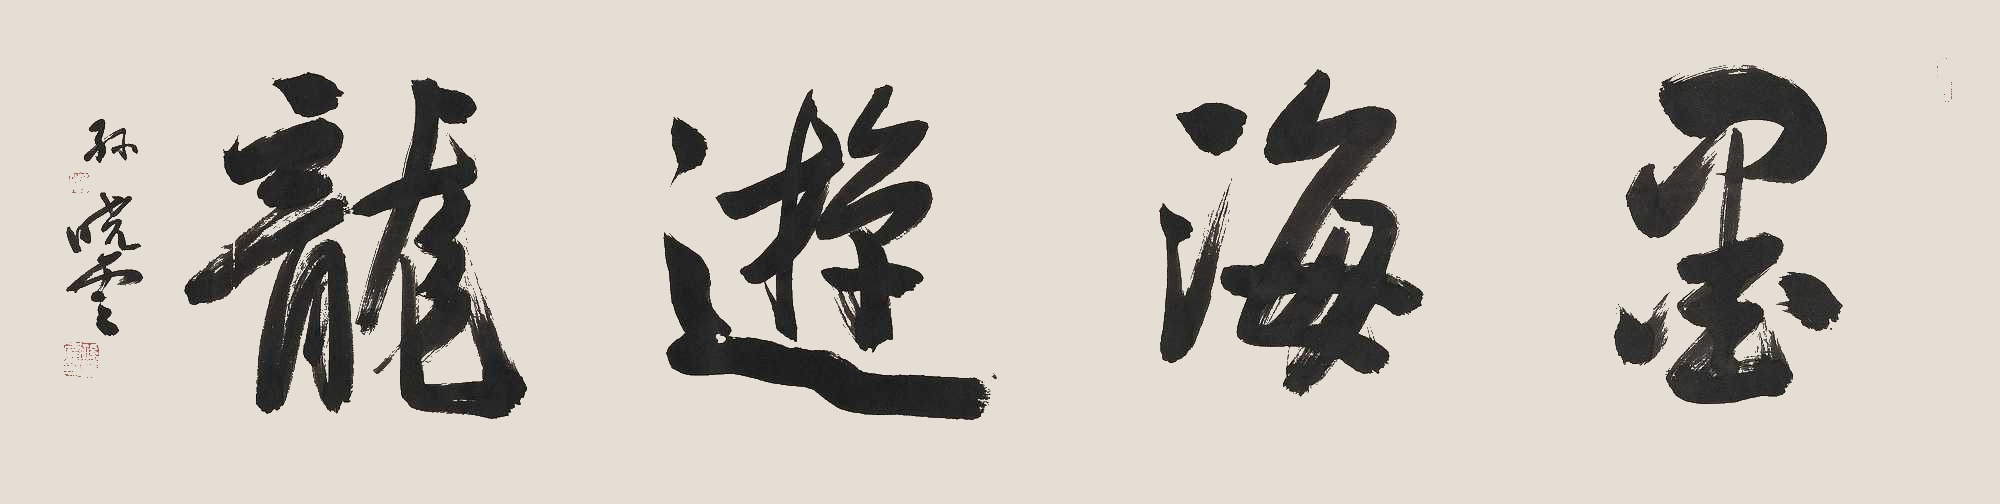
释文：墨海游龙孙晓云印